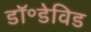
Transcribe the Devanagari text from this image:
डॉ॰डेविड